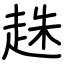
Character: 趎